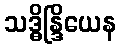
သဒ္ဓိန္ဒြိယေန